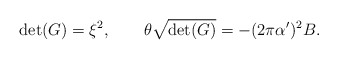
\begin{align*}\det(G)=\xi^2, \qquad \theta \sqrt{\det(G)}=-( 2\pi \alpha')^2 B.\end{align*}